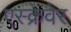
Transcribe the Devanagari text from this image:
एस्क्रेवेर